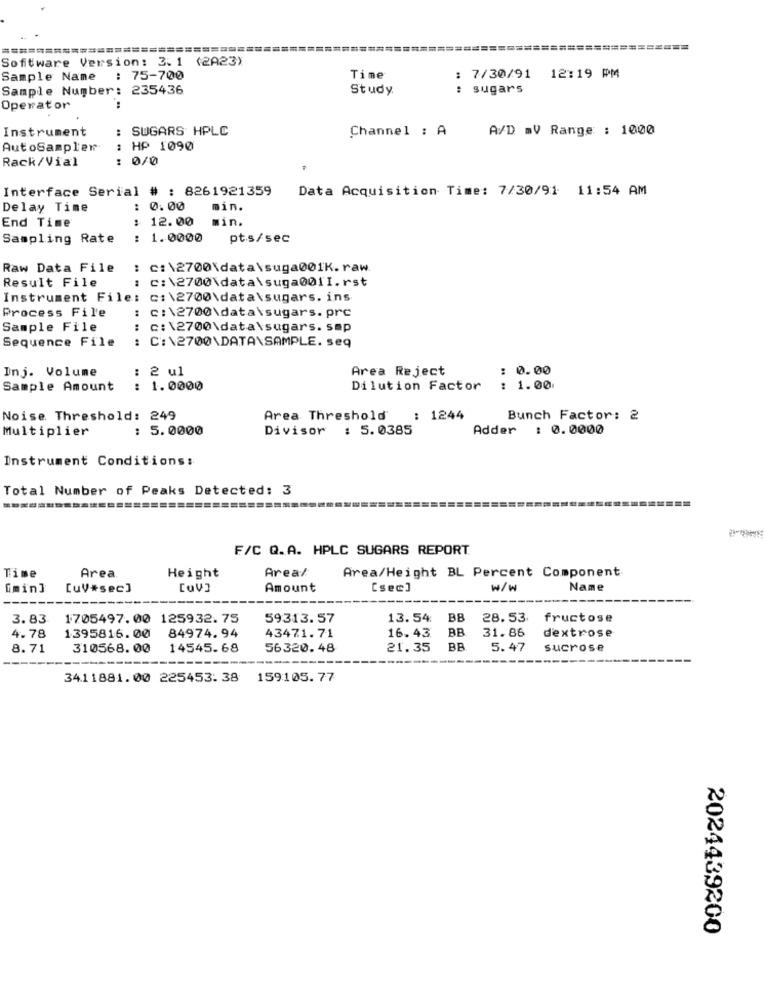
===============
Software Version: 3.1 (2A23)
Sample Name
: 75-700
Time
7/30/91 12:19 PM
Sample Number: 235436
Study
: sugars
Operator
Instrument
SUGARS HPLC
Channel : A
A/D mV Range : 1000
AutoSampler
: HP 1090
Rack/Vial
: 0/0
Interface Serial # : 8261921359
Data Acquisition Time: 7/30/91 11:54 AM
Delay Time
: 0.00
min.
End Time
: 12.00
min.
Sampling Rate
: 1.0000
pts/sec
Raw Data File
: c:\2700\data\suga001K.raw
Result File
: C:\2700\data\suga001I.rst
Instrument File: c:\2700\data\sugars. ins
Process File
C:\2700\data\sugars.prc
Sample File
: c:\2700\data\sugars. smp
Sequence File
: C:\2700\DATA\SAMPLE. seq
Inj. Volume
: 2 ul
Area Reject
: 0.00
Sample Amount
1.0000
Dilution Factor
: 1.00
Noise Threshold: 249
Area Threshold
: 1244
Bunch Factor: 2
Multiplier
: 5.0000
Divisor : 5.0385
Adder : 0.0000
Instrument Conditions:
Total Number of Peaks Detected: 3
=========
F/C Q.A. HPLC SUGARS REPORT
Area/
Area/Height BL Percent Component
Time
Area
Height
"min]
[uv#sec]
CuV]
Amount
Csec]
w/W
Name
3.83
1705497.00 125932.75
59313.57
13.54
BB
28.53
fructose
43471.71
16.43
31.86
dextrose
4.78
1395816.00
84974.94
BB
8.71
310568.00
14545.68
56320.48
21.35
BB
5.47
sucrose
3411881. 00 225453.38
159105.77
2024439200